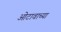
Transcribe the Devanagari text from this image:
ओटावाच्या